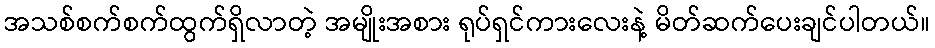
အသစ်စက်စက်ထွက်ရှိလာတဲ့ အမျိုးအစား ရုပ်ရှင်ကားလေးနဲ့ မိတ်ဆက်ပေးချင်ပါတယ်။